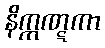
နိက္ကဏ္ဋကာ